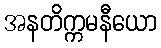
အနတိက္ကမနီယော